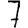
Digit: 7